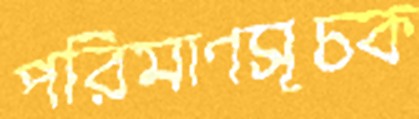
পরিমাণসূচক